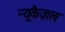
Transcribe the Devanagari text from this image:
न्यूकैज़ल